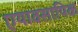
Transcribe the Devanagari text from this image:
एयावसायिक